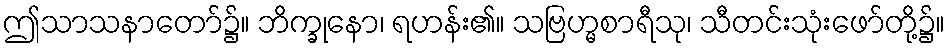
ဤသာသနာတော်၌။ ဘိက္ခုနော၊ ရဟန်း၏။ သဗြဟ္မစာရီသု၊ သီတင်းသုံးဖော်တို့၌။